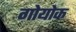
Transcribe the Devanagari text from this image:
गोयोक